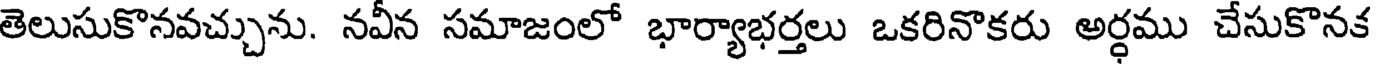
తెలుసుకొనవచ్చును. నవీన సమాజంలో భార్యాభర్తలు ఒకరినొకరు అర్ధము చేసుకొనక